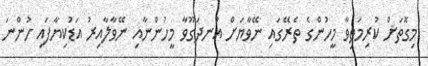
މިގޮތަށް ކުރިމަތިވާ މީހުންގެ ތެރޭގައި ނޭވާޔަށް އުނދަގޫވާ މީހުންނާއި ނޭވާލާއިރު އަޑުކިޔާފައި ހުންނަ